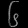
Digit: ၆